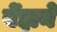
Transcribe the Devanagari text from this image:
बेंझने